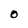
Character: O